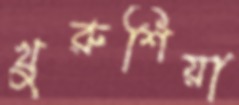
খুরুশিয়া